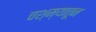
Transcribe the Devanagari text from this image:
चश्म्यातून